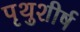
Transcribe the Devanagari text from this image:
पृथुशीर्ष